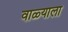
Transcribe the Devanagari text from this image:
वाळ्याला